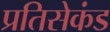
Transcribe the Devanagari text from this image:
प्रतिसेकंड